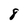
Character: 8